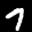
Label: 7